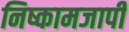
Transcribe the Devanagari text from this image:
निष्कामजापी